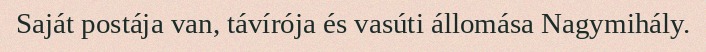
Saját postája van, távírója és vasúti állomása Nagymihály.